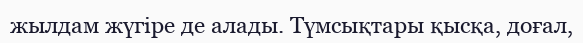
жылдам жүгіре де алады. Түмсықтары қысқа, доғал,